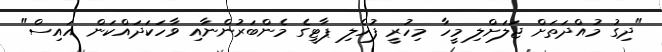
"ދިގު މުއްދަތަށް ޖަލަށްލި މީހާ މިހުރީ ފުހެލި ޕާޓީގެ މެންބަރުންނާއި ވާހަކަދައްކަން އައިސް"